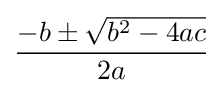
{\frac {-b\pm {\sqrt {b^{2}-4ac}}}{2a}}